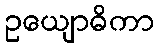
ဥယျောဓိကာ